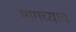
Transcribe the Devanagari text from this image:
मागच्याच